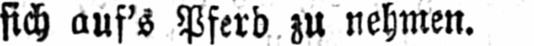
sich auf’s Pferd zu nehmen.